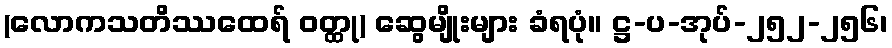
(လောကသတိဿထေရ် ဝတ္ထု) ဆွေမျိုးများ ခံရပုံ။ ဋ္ဌ-ပ-အုပ်-၂၅၂-၂၅၆၊